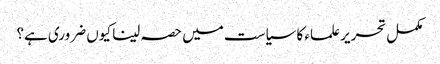
مکمل تحریر علماء کا سیاست میں حصہ لینا کیوں ضروری ہے؟